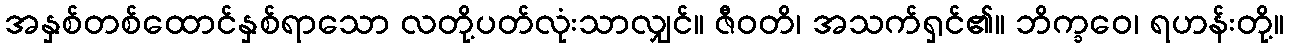
အနှစ်တစ်ထောင်နှစ်ရာသော လတို့ပတ်လုံးသာလျှင်။ ဇီဝတိ၊ အသက်ရှင်၏။ ဘိက္ခဝေ၊ ရဟန်းတို့။